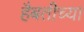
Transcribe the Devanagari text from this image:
हैबतीच्या